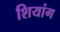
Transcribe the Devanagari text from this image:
शियांग